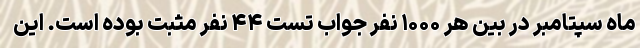
ماه سپتامبر در بین هر ۱۰۰۰ نفر جواب تست ۴۴ نفر مثبت بوده است. این